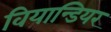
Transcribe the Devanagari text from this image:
वियान्डियर